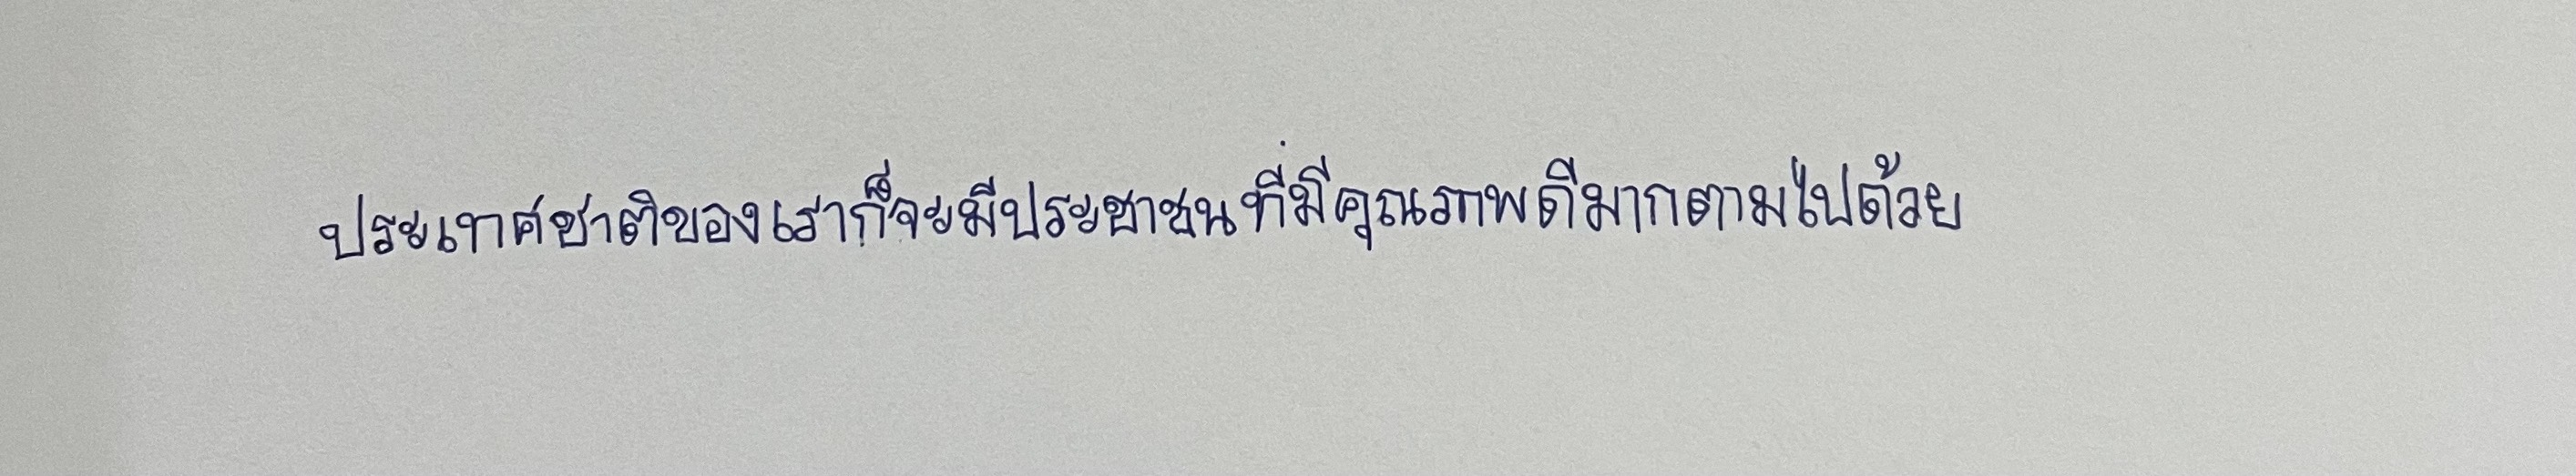
ประเทศชาติของเราก็จะมีประชาชนที่มีคุณภาพดีมากตามไปด้วย